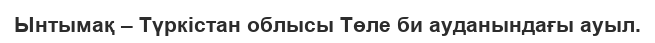
Ынтымақ – Түркістан облысы Төле би ауданындағы ауыл.